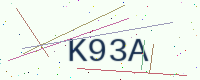
Text: K93A